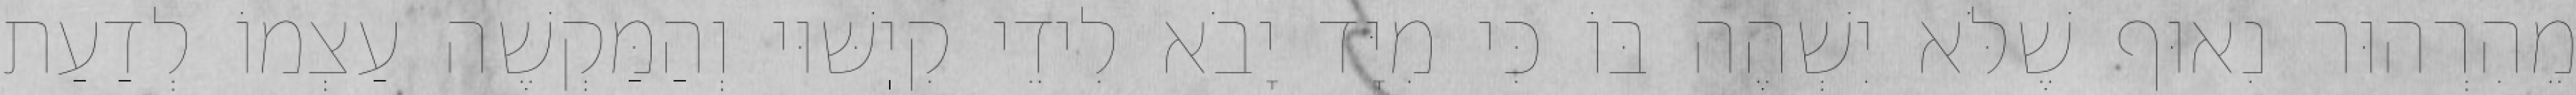
מֵהִרְהוּר נִאוּף שֶׁלֹּא יִשְׁהֶה בּוֹ כִּי מִיָּד יָבֹא לִידֵי קִיֽשּׁוּי וְהַמַּקְשֶׁה עַצְמוֹ לְדַעַת